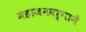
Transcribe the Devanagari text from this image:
महाजनवर्गाने